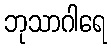
ဘုသာဂါရေ